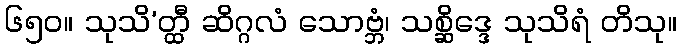
၆၅၀။ သုသိ’တ္ထီ ဆိဂ္ဂလံ သောဗ္ဘံ၊ သစ္ဆိဒ္ဒေ သုသိရံ တိသု။